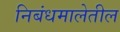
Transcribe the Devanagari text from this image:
निबंधमालेतील